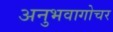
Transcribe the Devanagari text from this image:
अनुभवागोचर